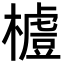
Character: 𣛼